Civil Veterinary Department. Central Provinces & Berar 1925-31 - 1925-1931
Year: 1925
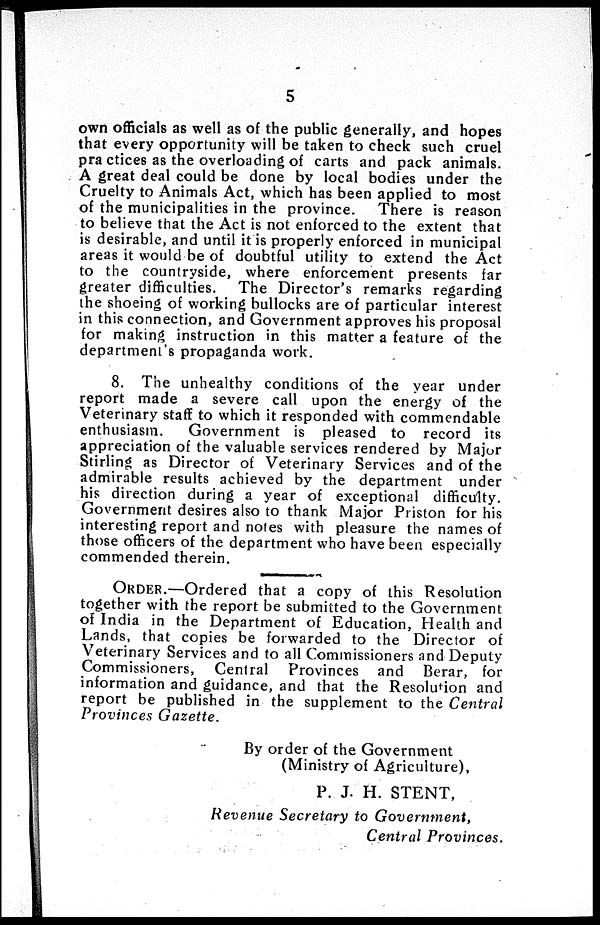
5
own officials as well as of the public generally, and hopes
that every opportunity will be taken to check such cruel
practices as the overloading of carts and pack animals.
A great deal could be done by local bodies under the
Cruelty to Animals Act, which has been applied to most
of the municipalities in the province. There is reason
to believe that the Act is not enforced to the extent that
is desirable, and until it is properly enforced in municipal
areas it would-be of doubtful utility to extend the Act
to the countryside, where enforcement presents far
greater difficulties. The Director's remarks regarding
the shoeing of working bullocks are of particular interest
in this connection, and Government approves his proposal
for making instruction in this matter a feature of the
department's propaganda work.
8. The unhealthy conditions of the year under
report made a severe call upon the energy of the
Veterinary staff to which it responded with commendable
enthusiasm.
Government is pleased to record its
appreciation of the valuable services rendered by Major
Stirling as Director of Veterinary Services and of the
admirable results achieved by the department under
his direction during a year of exceptional difficulty.
Government desires also to thank Major Priston for his
interesting report and notes with pleasure the names of
those officers of the department who have been especially
commended therein.
ORDER.—Ordered that a copy of this Resolution
together with the report be submitted to the Government
of India in the Department of Education, Health and
Lands, that copies be forwarded to the Director of
Veterinary Services and to all Commissioners and Deputy
Commissioners, Central Provinces and Berar, for
information and guidance, and that the Resolution and
report be published in the supplement to the Central
Provinces Gazette.
By order of the Government
(Ministr of Agriculture),
P. J. H. STENT,
Revenue Secretary to Government,
Central Provinces.